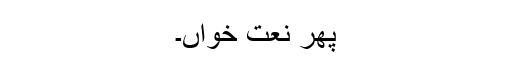
پھر نعت خواں۔